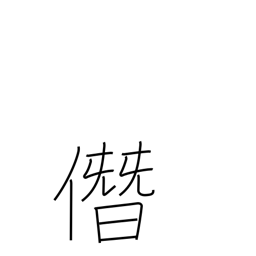
Meaning: boastfully usurp